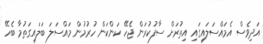
އަދިވެސް އެމައްސަލައިގައި އިތުރަށް ސާފުކުރަން ޖެހޭ ކަންކަން ހުރުމުން މައްސަލަ ބަލައިގަތުމާ ބެހޭ